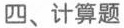
四、计算题